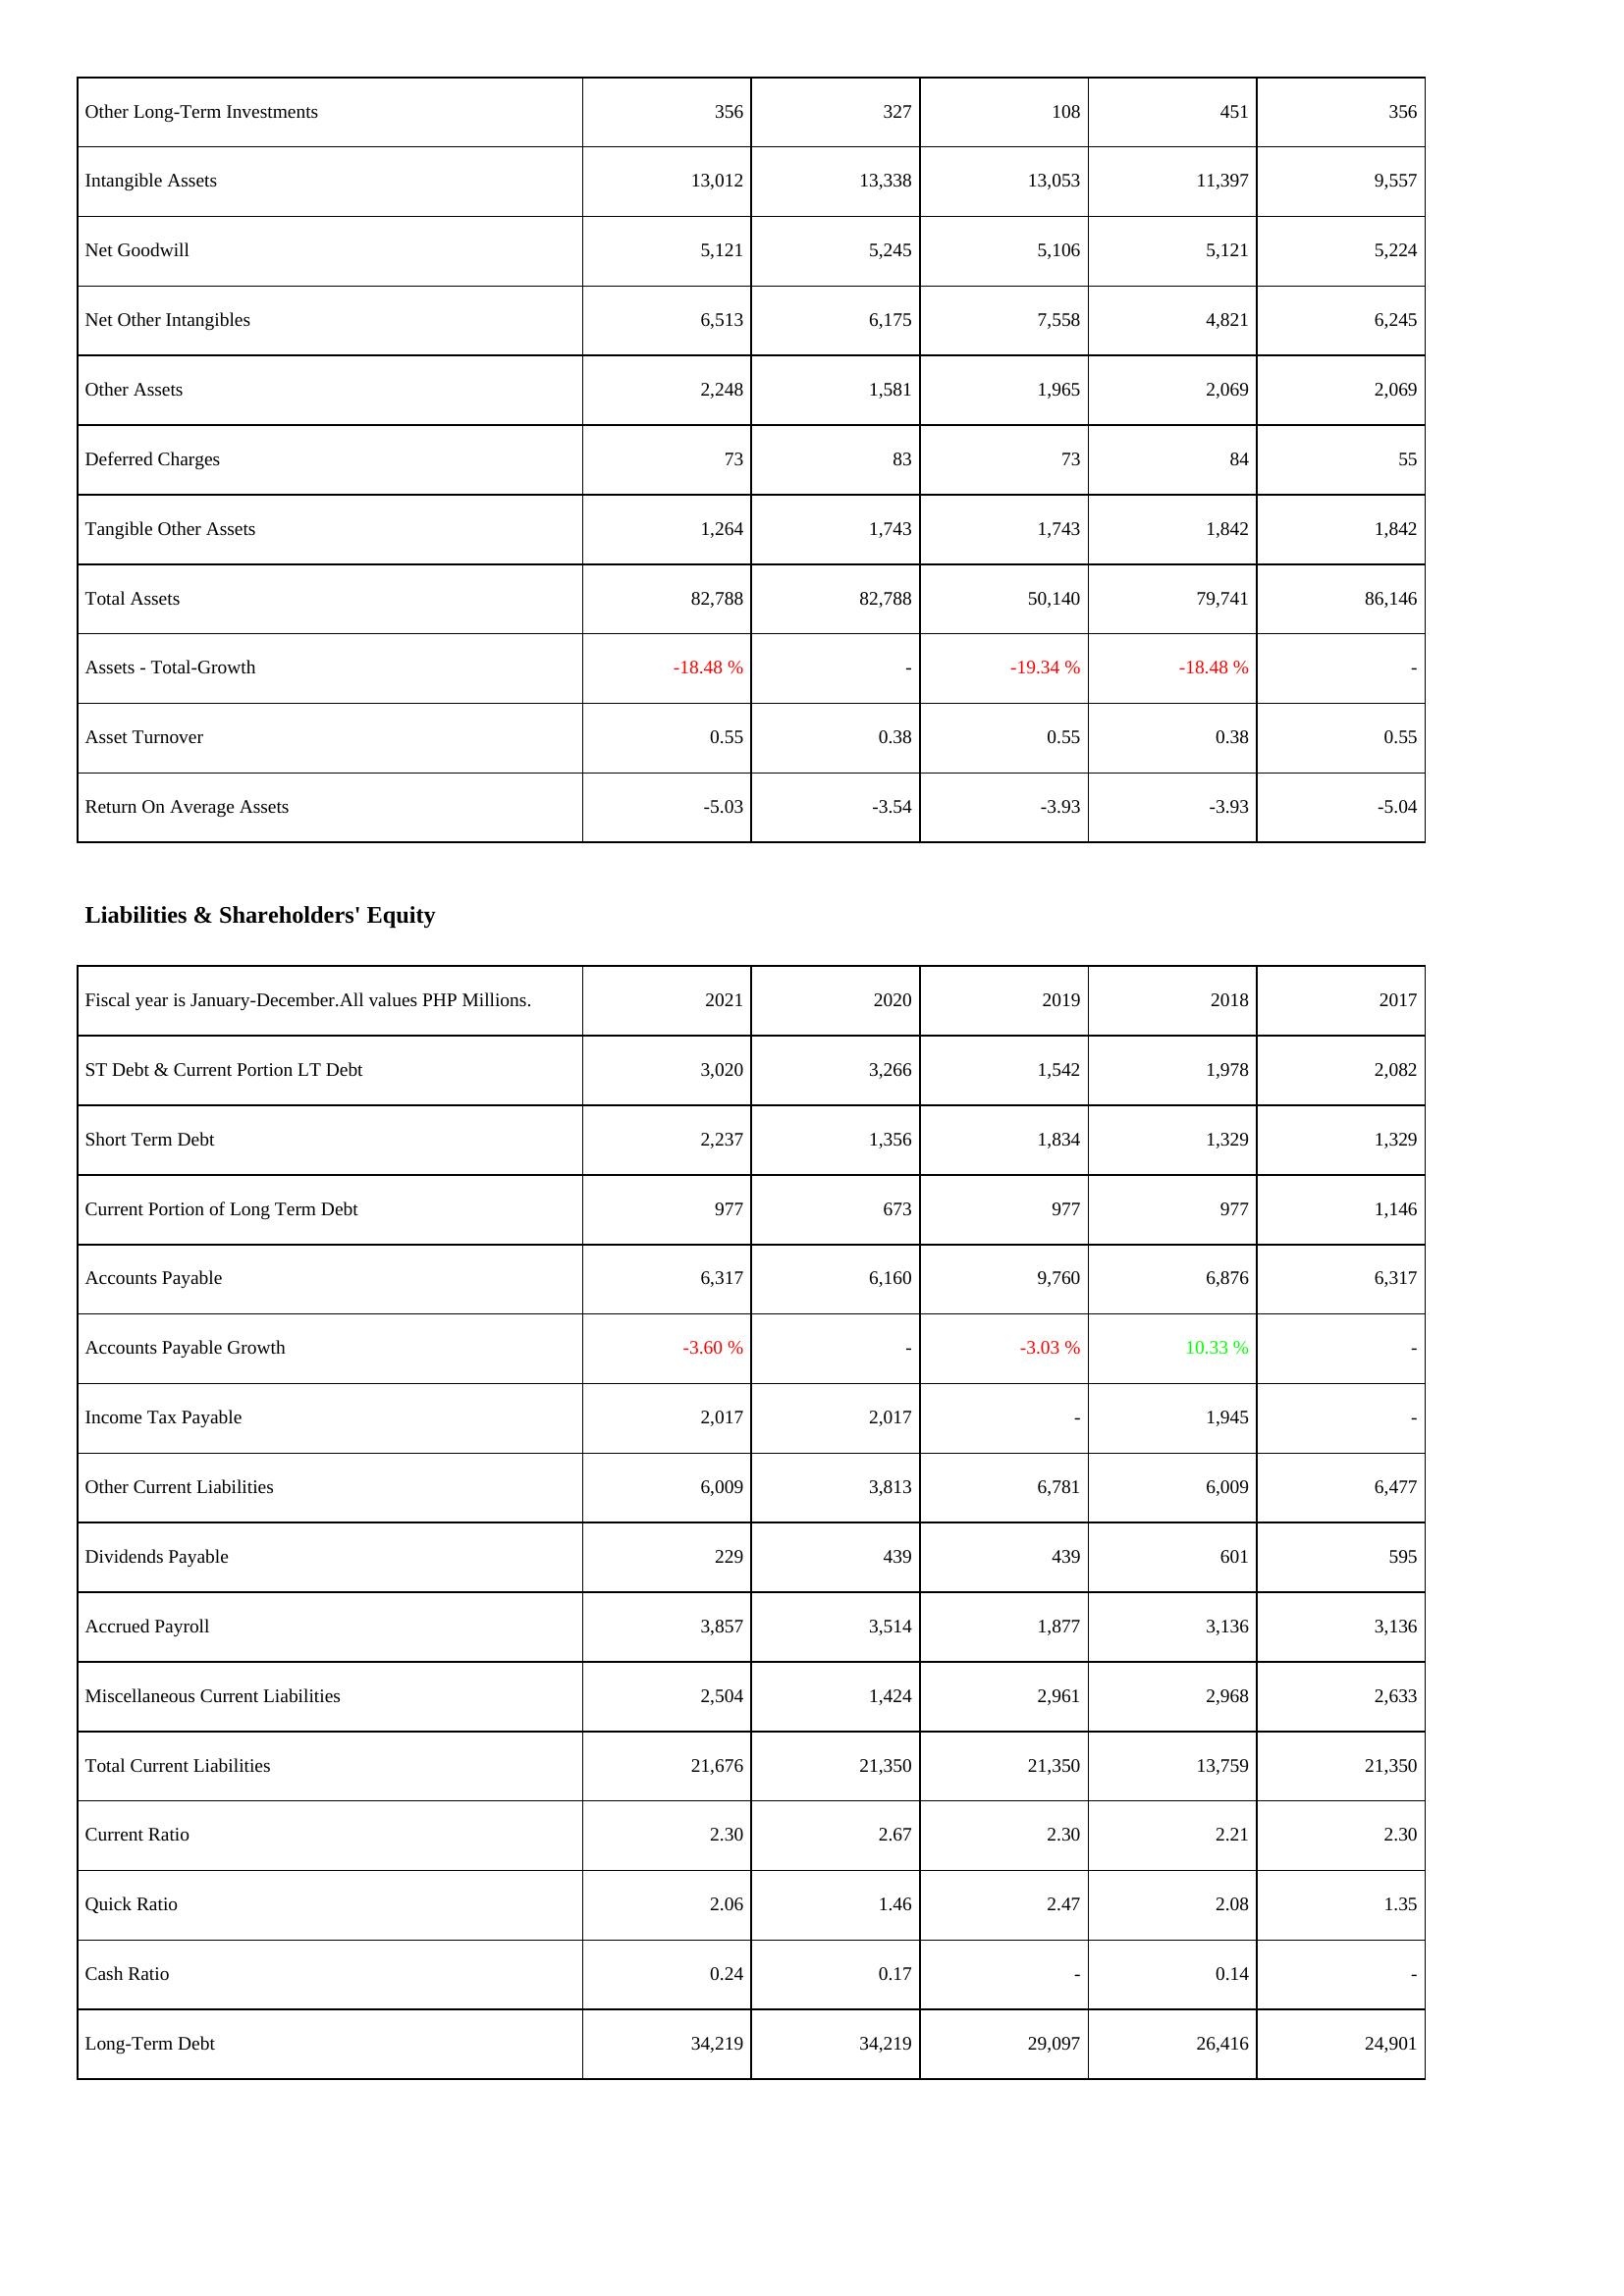
2021: Assets: Other Long-Term Investments: 356
Intangible Assets: 13,012
Net Goodwill: 5,121
Net Other Intangibles: 6,513
Other Assets: 2,248
Deferred Charges: 73
Tangible Other Assets: 1,264
Total Assets: 82,788
Assets - Total-Growth: -18.48 %
Asset Turnover: 0.55
Return On Average Assets: -5.03
Liabilities & Shareholders' Equity: ST Debt & Current Portion LT Debt: 3,020
Short Term Debt: 2,237
Current Portion of Long Term Debt: 977
Accounts Payable: 6,317
Accounts Payable Growth: -3.60 %
Income Tax Payable: 2,017
Other Current Liabilities: 6,009
Dividends Payable: 229
Accrued Payroll: 3,857
Miscellaneous Current Liabilities: 2,504
Total Current Liabilities: 21,676
Current Ratio: 2.30
Quick Ratio: 2.06
Cash Ratio: 0.24
Long-Term Debt: 34,219
2020: Assets: Other Long-Term Investments: 327
Intangible Assets: 13,338
Net Goodwill: 5,245
Net Other Intangibles: 6,175
Other Assets: 1,581
Deferred Charges: 83
Tangible Other Assets: 1,743
Total Assets: 82,788
Assets - Total-Growth: -
Asset Turnover: 0.38
Return On Average Assets: -3.54
Liabilities & Shareholders' Equity: ST Debt & Current Portion LT Debt: 3,266
Short Term Debt: 1,356
Current Portion of Long Term Debt: 673
Accounts Payable: 6,160
Accounts Payable Growth: -
Income Tax Payable: 2,017
Other Current Liabilities: 3,813
Dividends Payable: 439
Accrued Payroll: 3,514
Miscellaneous Current Liabilities: 1,424
Total Current Liabilities: 21,350
Current Ratio: 2.67
Quick Ratio: 1.46
Cash Ratio: 0.17
Long-Term Debt: 34,219
2019: Assets: Other Long-Term Investments: 108
Intangible Assets: 13,053
Net Goodwill: 5,106
Net Other Intangibles: 7,558
Other Assets: 1,965
Deferred Charges: 73
Tangible Other Assets: 1,743
Total Assets: 50,140
Assets - Total-Growth: -19.34 %
Asset Turnover: 0.55
Return On Average Assets: -3.93
Liabilities & Shareholders' Equity: ST Debt & Current Portion LT Debt: 1,542
Short Term Debt: 1,834
Current Portion of Long Term Debt: 977
Accounts Payable: 9,760
Accounts Payable Growth: -3.03 %
Income Tax Payable: -
Other Current Liabilities: 6,781
Dividends Payable: 439
Accrued Payroll: 1,877
Miscellaneous Current Liabilities: 2,961
Total Current Liabilities: 21,350
Current Ratio: 2.30
Quick Ratio: 2.47
Cash Ratio: -
Long-Term Debt: 29,097
2018: Assets: Other Long-Term Investments: 451
Intangible Assets: 11,397
Net Goodwill: 5,121
Net Other Intangibles: 4,821
Other Assets: 2,069
Deferred Charges: 84
Tangible Other Assets: 1,842
Total Assets: 79,741
Assets - Total-Growth: -18.48 %
Asset Turnover: 0.38
Return On Average Assets: -3.93
Liabilities & Shareholders' Equity: ST Debt & Current Portion LT Debt: 1,978
Short Term Debt: 1,329
Current Portion of Long Term Debt: 977
Accounts Payable: 6,876
Accounts Payable Growth: 10.33 %
Income Tax Payable: 1,945
Other Current Liabilities: 6,009
Dividends Payable: 601
Accrued Payroll: 3,136
Miscellaneous Current Liabilities: 2,968
Total Current Liabilities: 13,759
Current Ratio: 2.21
Quick Ratio: 2.08
Cash Ratio: 0.14
Long-Term Debt: 26,416
2017: Assets: Other Long-Term Investments: 356
Intangible Assets: 9,557
Net Goodwill: 5,224
Net Other Intangibles: 6,245
Other Assets: 2,069
Deferred Charges: 55
Tangible Other Assets: 1,842
Total Assets: 86,146
Assets - Total-Growth: -
Asset Turnover: 0.55
Return On Average Assets: -5.04
Liabilities & Shareholders' Equity: ST Debt & Current Portion LT Debt: 2,082
Short Term Debt: 1,329
Current Portion of Long Term Debt: 1,146
Accounts Payable: 6,317
Accounts Payable Growth: -
Income Tax Payable: -
Other Current Liabilities: 6,477
Dividends Payable: 595
Accrued Payroll: 3,136
Miscellaneous Current Liabilities: 2,633
Total Current Liabilities: 21,350
Current Ratio: 2.30
Quick Ratio: 1.35
Cash Ratio: -
Long-Term Debt: 24,901